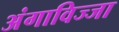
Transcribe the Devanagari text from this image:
अंगाविज्जा